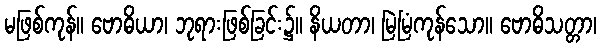
မဖြစ်ကုန်။ ဗောဓိယာ၊ ဘုရားဖြစ်ခြင်း၌။ နိယတာ၊ မြဲမြံကုန်သော။ ဗောဓိသတ္တာ၊